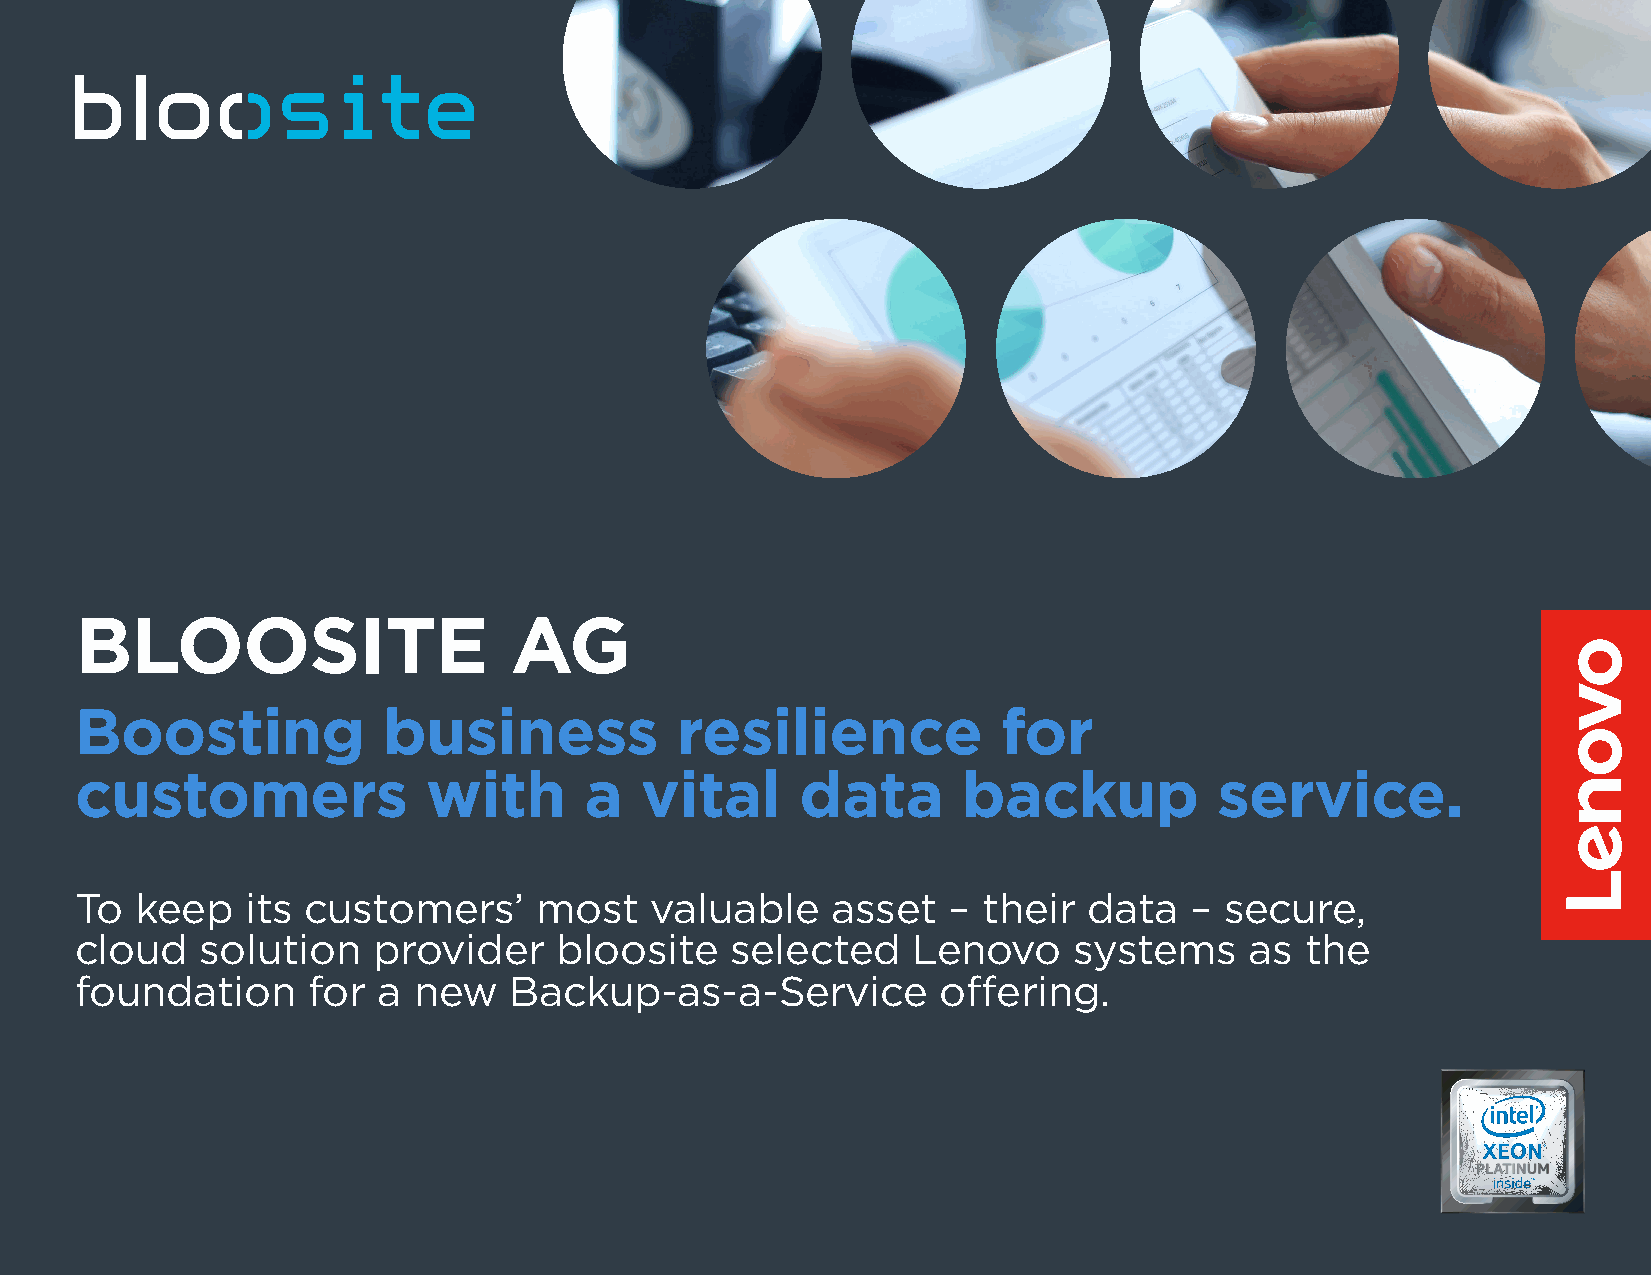
BLOOSITE                     AG
 Boosting            business            resilience           for
 customers              with       a  vital      data       backup           service.
 To  keep   its customers’      most   valuable    asset   – their  data   – secure,
 cloud   solution    provider    bloosite   selected    Lenovo     systems     as the
 foundation     for  a new    Backup-as-a-Service         offering.